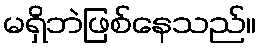
မရှိဘဲဖြစ်နေသည်။